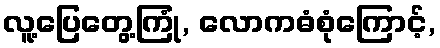
လူ့ပြေတွေ့ကြုံ, လောကဓံစုံကြောင့်,